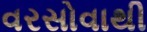
વરસોવાથી